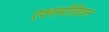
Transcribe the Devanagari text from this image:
एक्सपॉज़िशन